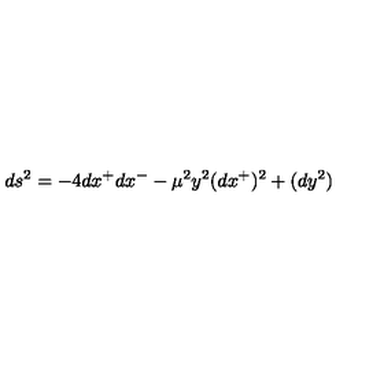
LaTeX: d s ^ { 2 } = - 4 d x ^ { + } d x ^ { - } - \mu ^ { 2 } y ^ { 2 } ( d x ^ { + } ) ^ { 2 } + ( d y ^ { 2 } )